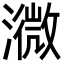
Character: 㵟